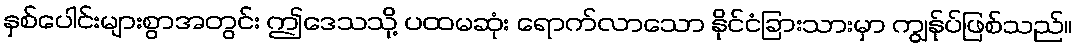
နှစ်ပေါင်းများစွာအတွင်း ဤဒေသသို့ ပထမဆုံး ရောက်လာသော နိုင်ငံခြားသားမှာ ကျွန်ုပ်ဖြစ်သည်။